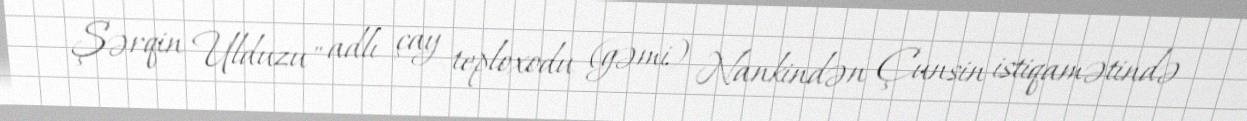
Şərqin Ulduzu" adlı çay teploxodu (gəmi) Nankindən Çunsin istiqamətində